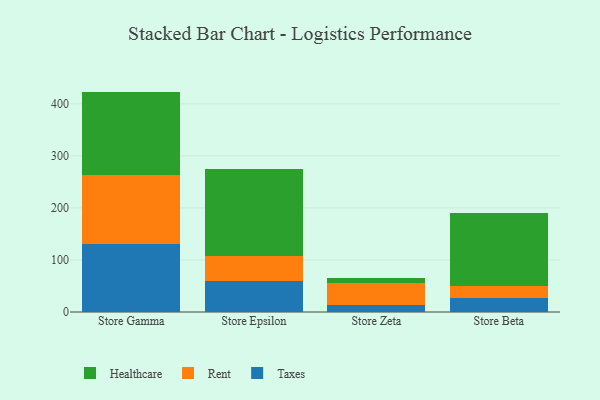
{"axis": {"x": "Store", "y": "Net Income (USD K)"}, "legend": ["Healthcare", "Rent", "Taxes"], "data": [{"x": "Store Gamma", "y": 131.6, "type": "Taxes"}, {"x": "Store Gamma", "y": 131.9, "type": "Rent"}, {"x": "Store Gamma", "y": 160.0, "type": "Healthcare"}, {"x": "Store Epsilon", "y": 60.5, "type": "Taxes"}, {"x": "Store Epsilon", "y": 47.4, "type": "Rent"}, {"x": "Store Epsilon", "y": 166.7, "type": "Healthcare"}, {"x": "Store Zeta", "y": 13.5, "type": "Taxes"}, {"x": "Store Zeta", "y": 41.6, "type": "Rent"}, {"x": "Store Zeta", "y": 11.0, "type": "Healthcare"}, {"x": "Store Beta", "y": 27.2, "type": "Taxes"}, {"x": "Store Beta", "y": 22.4, "type": "Rent"}, {"x": "Store Beta", "y": 141.2, "type": "Healthcare"}]}